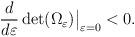
LaTeX: \begin{align*}\frac{d}{d \varepsilon} \det({\Omega_{\varepsilon}})\big|_ {\varepsilon=0} <0.\end{align*}